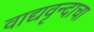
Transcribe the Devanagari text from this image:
वाद्यवृन्दाचा